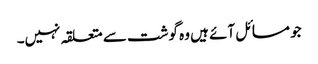
جو مسائل آئے ہیں وہ گوشت سے متعلقہ نہیں۔